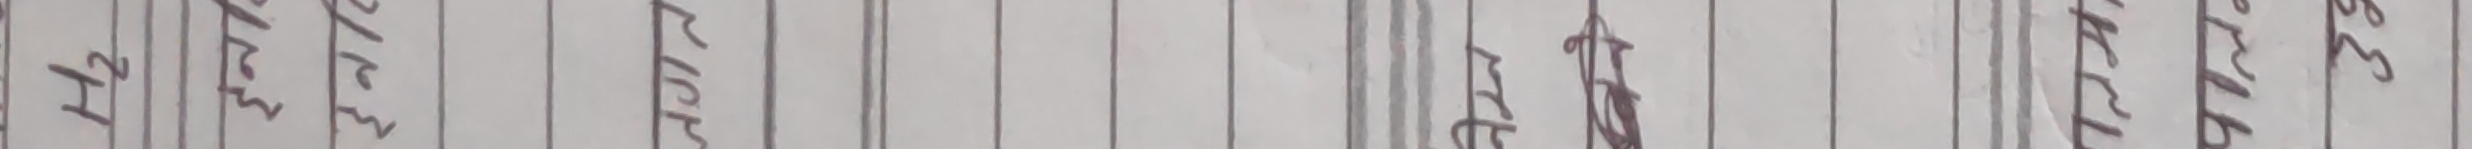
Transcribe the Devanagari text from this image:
H²
खाने
लक्की
एले
मल्ले
रहेछ